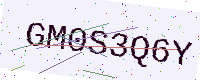
Text: GM0S3Q6Y